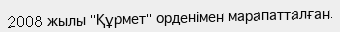
2008 жылы "Құрмет" орденімен марапатталған.